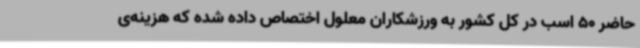
حاضر 50 اسب در کل کشور به ورزشکاران معلول اختصاص داده شده که هزینه‌ی